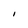
Character: I